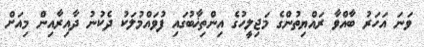
ވަނަ އަހަރު ބާއްވާ ރައްޔިތުންގެ މަޖިލީހުގެ އިންތިޚާބުގައި ފުވައްމުލަކު ދެކުނު ދާއިރާއިން މިއަށް